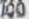
IQD